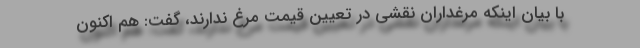
با بیان اینکه مرغداران نقشی در تعیین قیمت مرغ ندارند، گفت: هم اکنون